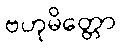
ဗဟုမိတ္တော